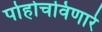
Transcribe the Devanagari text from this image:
पोहोचविणारे